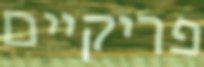
פריקיים